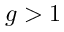
g > 1